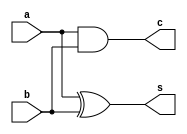
`timescale 1ns / 1ps
//////////////////////////////////////////////////////////////////////////////////
// Company: 
// Engineer: 
// 
// Design Name: 
// Module Name: top
// Project Name: 
// Target Devices: 
// Tool Versions: 
// Description: 
// 
// Dependencies: 
// 
// Revision:
// Revision 0.01 - File Created
// Additional Comments:
// 
//////////////////////////////////////////////////////////////////////////////////


module top(
input a,b,
output s,c
    );
    
  assign c = a&b;
  assign s = a^b;
endmodule